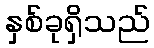
နှစ်ခုရှိသည်